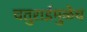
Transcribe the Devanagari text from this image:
चतुराईमुळेच